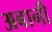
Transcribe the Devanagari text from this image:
अबानी